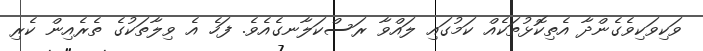
ވަކިވަކިވެގެންދާ އެތިކޮޅުތަކެއް ކަމުގައި ލައްވާ ރަސްކަލާނގެއެވެ. ފަހެ އެ ވިލާތަކުގެ ތެރެއިން ކެރި